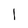
Character: 1